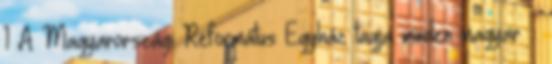
1 A Magyarországi Református Egyház tagja minden magyar –